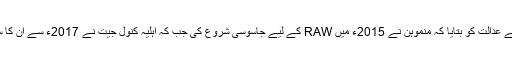
قبل ازیں پراسیکیوٹر نے عدالت کو بتایا کہ منموہن نے 2015ء میں RAW کے لیے جاسوسی شروع کی جب کہ اہلیہ کنول جیت نے 2017ء سے ان کا ساتھ دینا شروع کیا تھا۔